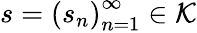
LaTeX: s=\left(s_{n}\right)_{n=1}^{\infty}\in\mathcal{K}